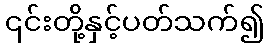
၎င်းတို့နှင့်ပတ်သက်၍